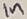
Text: In